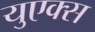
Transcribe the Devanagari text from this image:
युएक्स